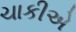
ચાકીએ